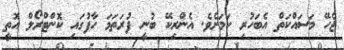
ޖެހޭ މަސައްކަތް އެބަހުރި ކަމަށެވެ. އެންރިކޭ ބުނީ ފުރަތަމަ ހާފުގައި ކޮންޓްރޯލް އޮތީ